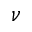
\nu